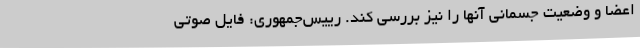
اعضا و وضعیت جسمانی آنها را نیز بررسی کند. رییس‌جمهوری: فایل صوتی